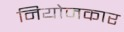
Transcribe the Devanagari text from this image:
नियोजकार